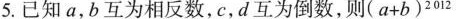
5.已知a，b互为相反数，c，d互为倒数，则$$( a + b ) ^ { 2 0 1 2 }